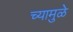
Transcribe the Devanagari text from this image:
च्यामुळे